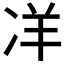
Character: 𭂎